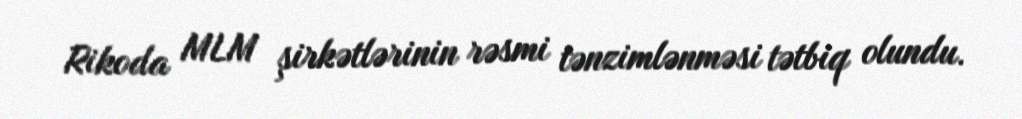
Rikoda MLM şirkətlərinin rəsmi tənzimlənməsi tətbiq olundu.